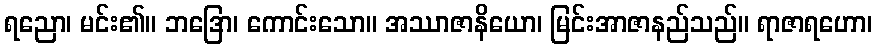
ရညော၊ မင်း၏။ ဘဒြော၊ ကောင်းသော။ အဿာဇာနိယော၊ မြင်းအာဇာနည်သည်။ ရာဇာရဟော၊